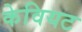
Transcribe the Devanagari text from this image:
केवियट